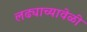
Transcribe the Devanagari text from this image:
लढ्याच्यावेळी